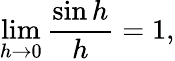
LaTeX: \operatorname*{lim}_{h\rightarrow 0}{\frac{\sin h}{h}}=1,